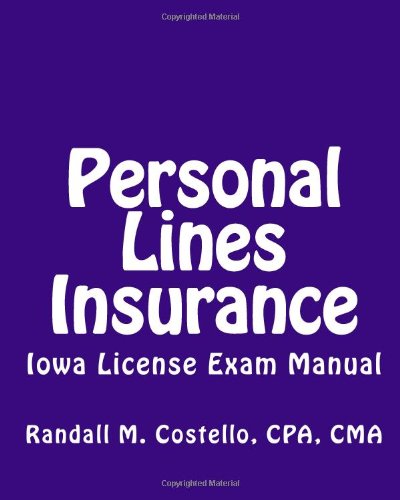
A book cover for Personal Lines Insurance: Iowa License Exam Manual; CMA, CPA, Randall M. Costello; Business & Money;